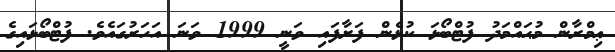
ޢިމްރާން މުޙައްމަދު ފުޓްބޯޅަ ކުޅެން ފަށާފައި ވަނީ 1999 ވަނަ އަހަރުގައެވެ. ފުޓްބޯޅައިގެ